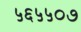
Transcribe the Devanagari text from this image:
५६५५०७